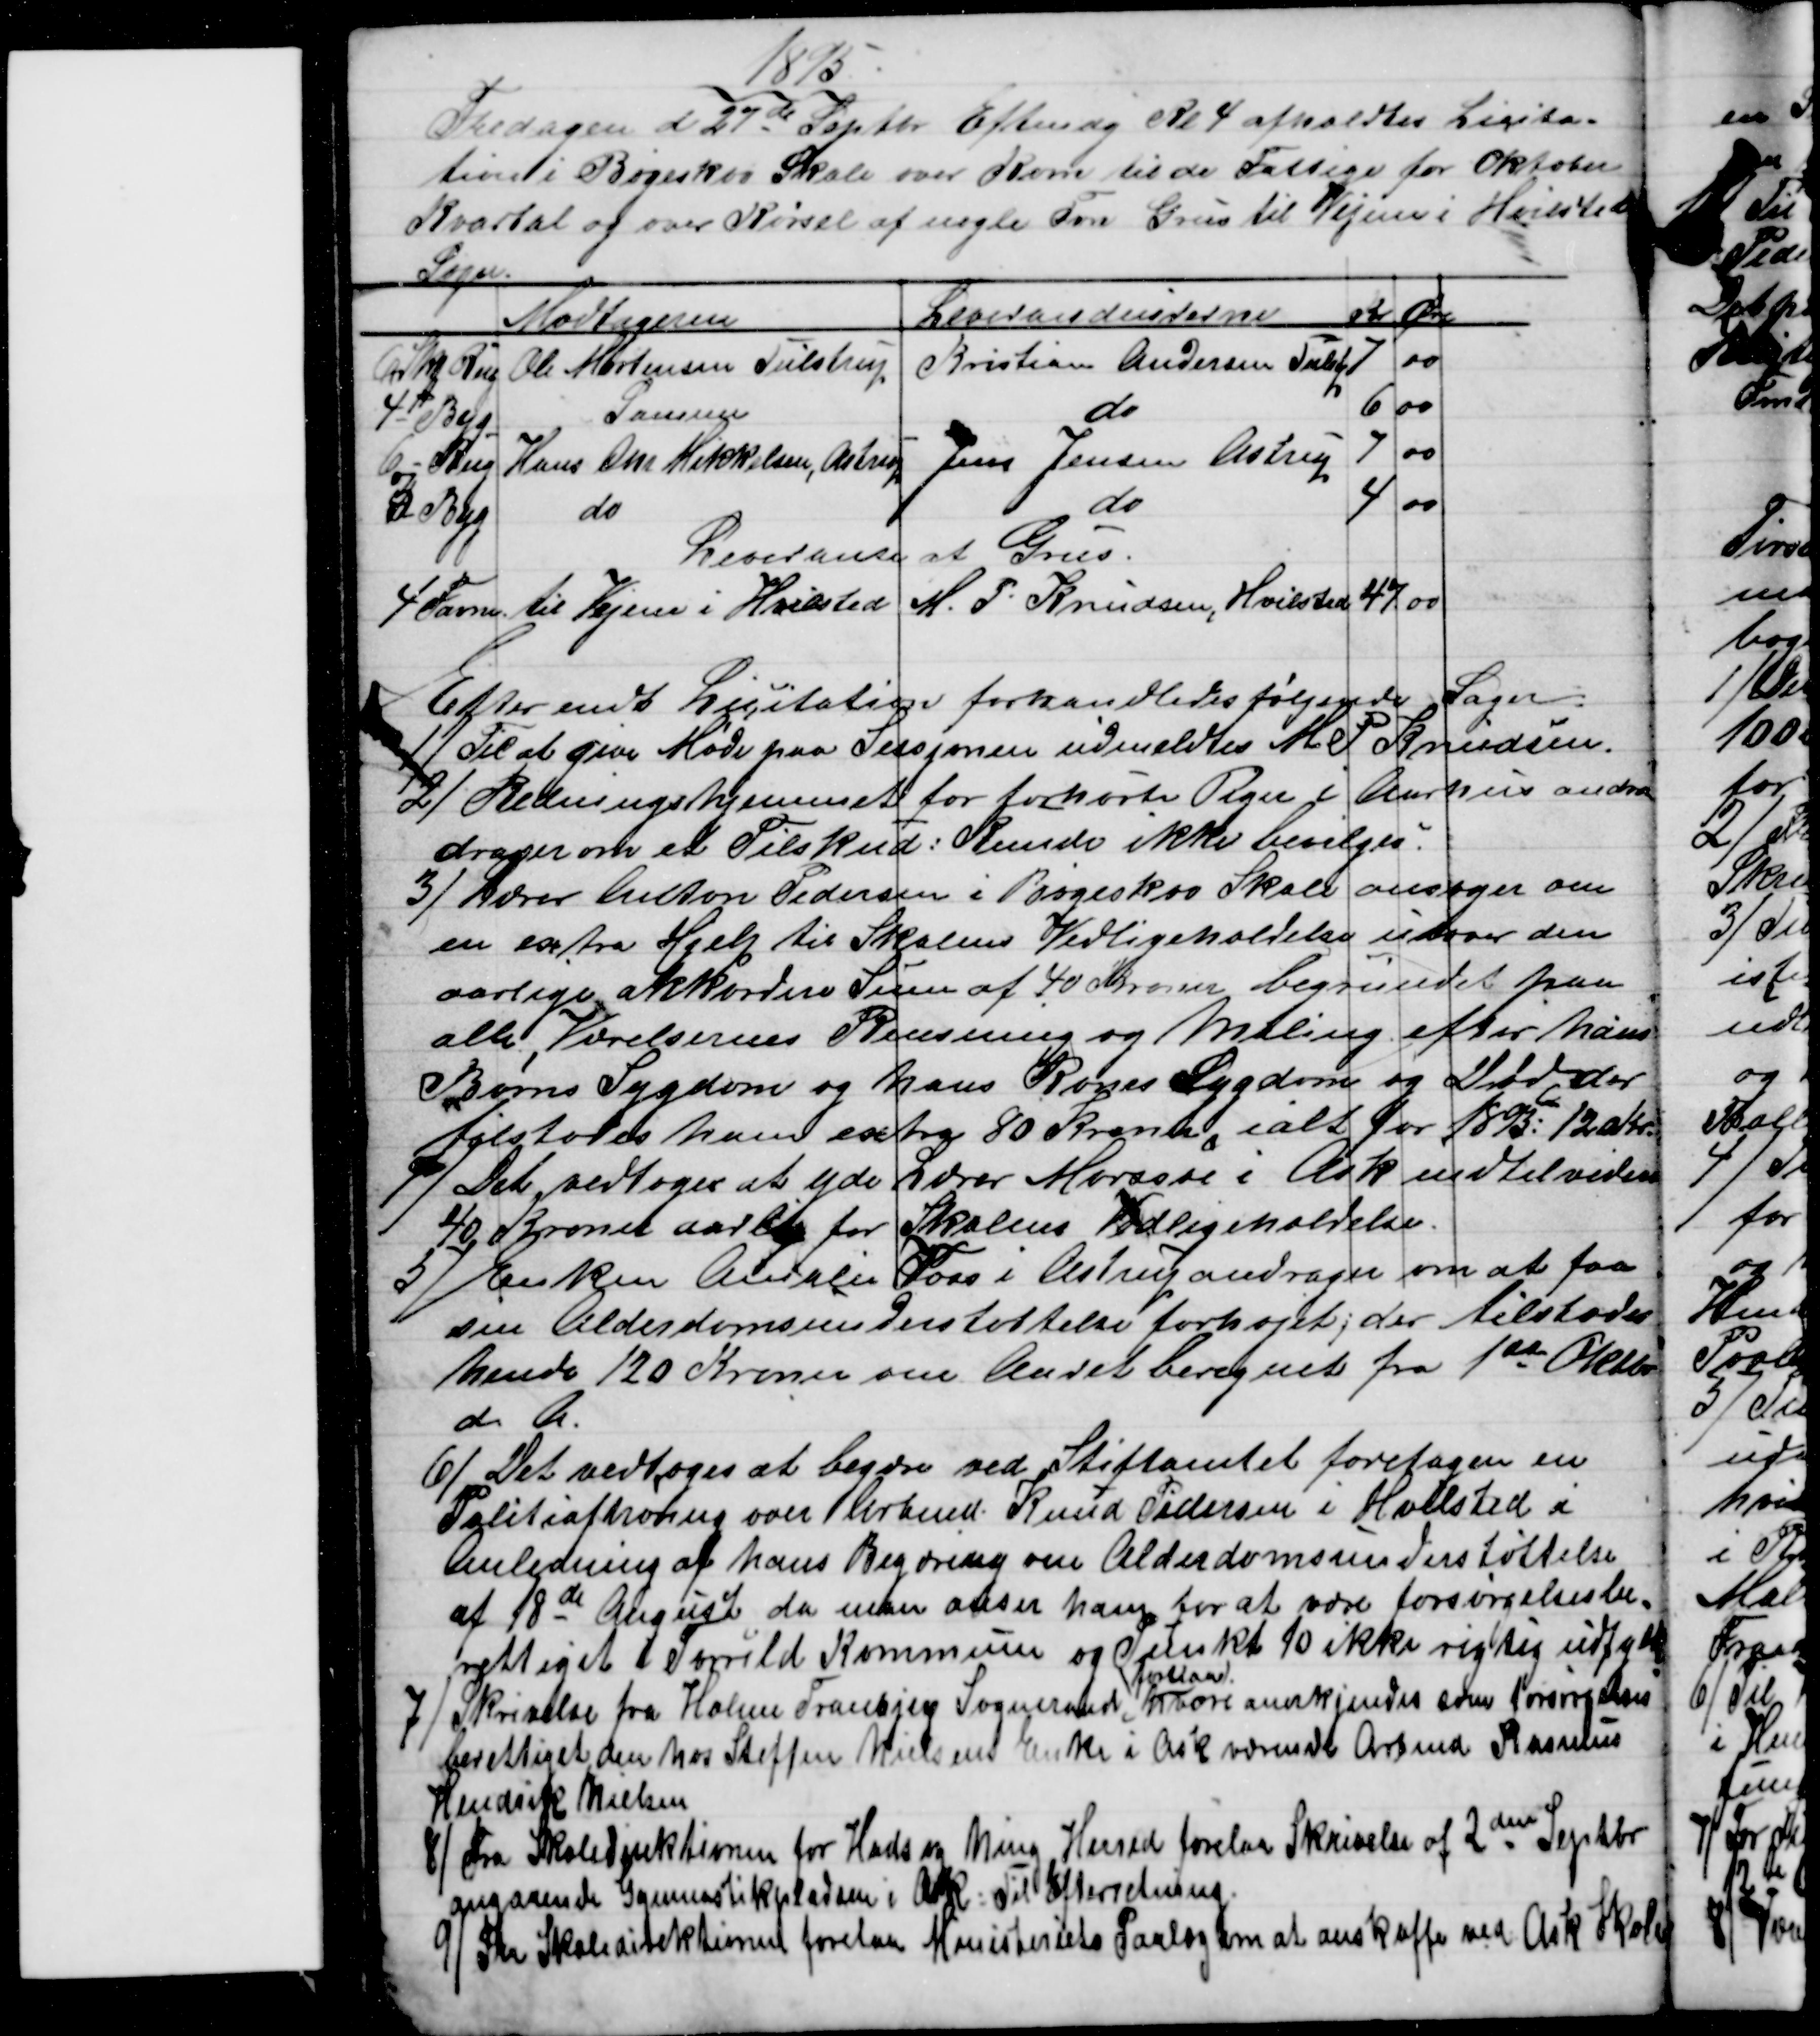
Transskription:
1895
Fredagen d 27de Septbr Eftmdg Kl 4 afholdtes Licita-
tion i Bøgeskov Skole over Korn til de Fattige for Oktober
Kvartal og over Kørsel af nogle Fvn Grus til Vejene i Hvilsted
Sogn
Modtageren
Leverandeurerne
Kr
Øre
6 Skp Rug
Ole Mortensen Tulstrup
Kristian Andersen Tulstp
7
00
4 - Byg
Samme
do
6
00
6 - Rug
Hans Chr Mikkelsen, Astrup
Jens Jensen, Astrup
7
00
3 - Byg
do
do
4
00
Leveranse af Grus.
4 Favne 
til Vejene i Hvilsted
M. P. Knudsen, Hvilsted
47
00
Efter endt Lecitation forhandledes følgende Sager.
1) Til at give Møde paa Sessjonen udmeldtes M. P. Knudsen.
2) Redningshjemmet for forhørte Piger i Aarhus andra
drager om et Tilskud: Kunde ikke bevilges.
3) 
Lærer Anton Pedersen i Bøgeskov Skole ansøger om
en extra Hjelp til Skolens Vedligeholdelse udover den
aarlige akkordere Sum af 40 Kroner begrundet paa
alle Værelsernes Rensning og Maling efter hans
Børns Sygdom og hans Kones Sygdom og Død, der
tilstodes ham extra 80 Kroner, ialt for 1895: 120 kr.
4) 
Det vedtoges at yde Lærer Morssøe i Ask indtil videre
40 Kroner aarlig for Skolens Vedligeholdelse.
5) 
Enken Amalie Voss i Astrup andrager om at faa
sin Alderdomsunderstøttelse forhøjet; der tilstodes
hende 120 Kroner om Aaret beregnet fra 1ste Oktbr
d. A.
6) 
Det vedtoges at begære ved Stiftamtet foretagen en
Politiafhøring over Arbmd. Knud Pedersen i Hvilsted i
Anledning af hans Begæring om Alderdomsunderstøttelse
af 18de August da man anser ham for at være forsørgelsesbe-
rettiget i Torrild Kommune og Punkt 10 ikke rigtig udfyldt
7) 
Skrivelse fra Holme Tranbjerg Sogneraad 
forelaa
hvori anerkjendes som Forsørgelses
berettiget den hos Steffen Nielsens Enke i Ask værende Arbmd Rasmus
Hendrik Nielsen
8)
 Fra Skoledirektionen for Hads og Ning Herred forelaa Skrivelse af 2den Septbr
angaaende Gymnastikpladsen i Ask. Til Efterretning
9) Fra Skoledirektionen forelaa Ministeriets Paalæg om at anskaffe ved Ask Skole